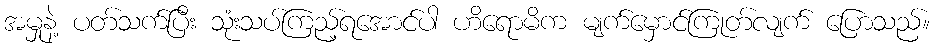
အမှုနဲ့ ပတ်သက်ပြီး သုံးသပ်ကြည့်ရအောင်ပါ ဟိရောမိက မျက်မှောင်ကြုတ်လျက် ပြောသည်။